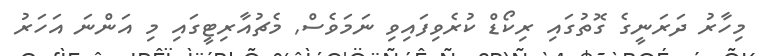
މިހާރު ދަރަނީގެ ގޮތުގައި ރިކޯޑް ކުރެވިފައިވި ނަމަވެސް